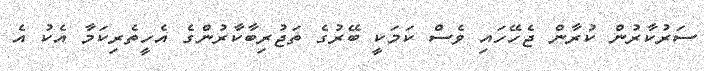
ސަރުކާރުން ކުރާން ޖެހޭހައި ވެސް ކަމަކީ ބޭރުގެ ތަޖުރިބާކާރުންގެ އެހީތެރިކަމާ އެކު އެ